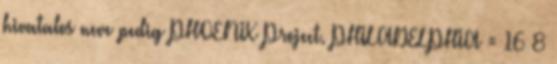
hivatalos neve pedig PHOENIX Project. PHILADELPHIA = 16 8